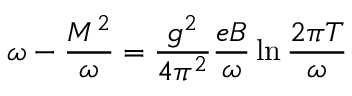
\omega - { \frac { M ^ { 2 } } { \omega } } = { \frac { g ^ { 2 } } { 4 \pi ^ { 2 } } } { \frac { e B } { \omega } } \ln { \frac { 2 \pi T } { \omega } }